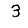
Digit: 3